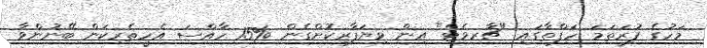
މަހުގެ ފުރަތަމަ ހަފްތާގައި "ޗާރވެޓް" އިން ވިޔަފާރިކޮށްގެން %15 ހާއްސަ އެހީތެރިކަން ބޭނުންވާ